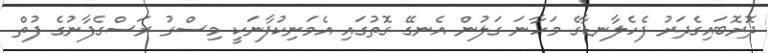
ދޮރޮބައިގެދަރު ފެހެލާނޑާގެ މަހާނަ ގަލުން އެނގޭ ގޮތުގައި އެމަނިކުފާނަކީ މިސްރު ރަސްގެފާނުގެ ފުތް